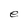
Character: e